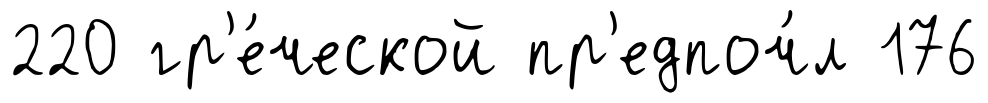
220 гр'е́ческой пр'едпоч́л 176